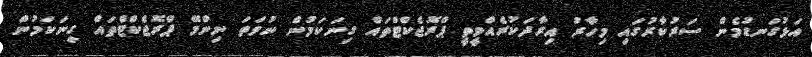
އަޅުގަނޑުމެން ސަރުކާރުގައި މިހާރު އިރާދަކުރެއްވީތީ ޕްރޮޖެކްޓްތައް ގިނަކަމުން ނުވަތަ ނިންމޭ ޕްރޮޖެކްޓްތައް ގިނަކަމުން